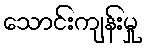
သောင်းကျန်းမှု